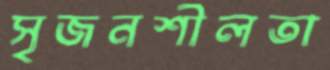
সৃজনশীলতা